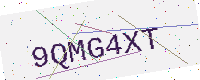
Text: 9QMG4XT